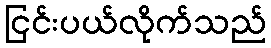
ငြင်းပယ်လိုက်သည်